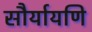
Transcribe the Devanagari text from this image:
सौर्यायणि